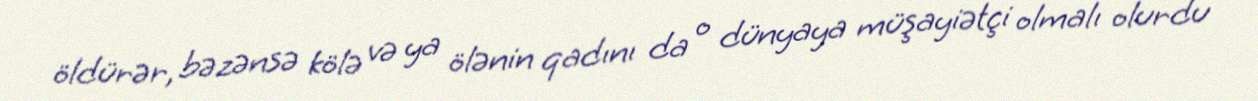
öldürər, bəzənsə kölə və ya ölənin qadını da o dünyaya müşayiətçi olmalı olurdu